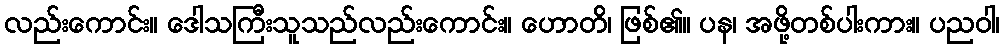
လည်းကောင်း။ ဒေါသကြီးသူသည်လည်းကောင်း။ ဟောတိ၊ ဖြစ်၏။ ပန၊ အဖို့တစ်ပါးကား။ ပညဝါ၊